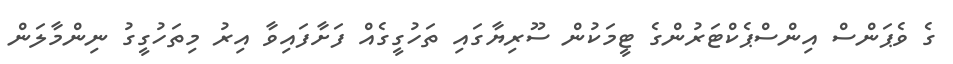
ގެ ވެޕަންސް އިންސްޕެކްޓަރުންގެ ޓީމަކުން ސޫރިޔާގައި ތަހުގީގެއް ފަށާފައިވާ އިރު މިތަހުގީގު ނިންމާލަން